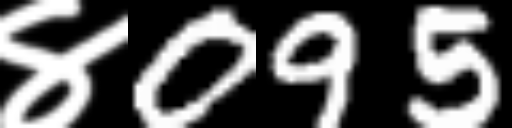
Text: ४095